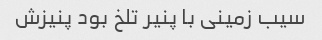
سیب زمینی با پنیر تلخ بود پنیزش